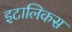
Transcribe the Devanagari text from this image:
इटालिकस